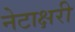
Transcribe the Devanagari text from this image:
नेटाक्षरी